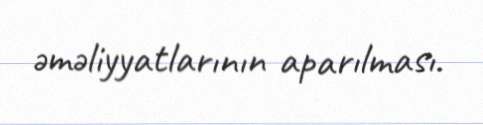
əməliyyatlarının aparılması.